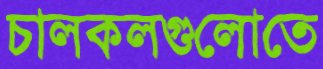
চালকলগুলোতে